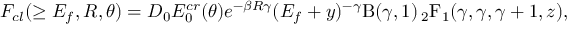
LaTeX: F _ { c l } ( \geq E _ { f } , R , \theta ) = D _ { 0 } E _ { 0 } ^ { c r } ( \theta ) e ^ { - \beta R \gamma } ( E _ { f } + y ) ^ { - \gamma } \mathrm { B } ( \gamma , 1 ) \, { _ 2 \mathrm { F } _ { 1 } } ( \gamma , \gamma , \gamma + 1 , z ) ,